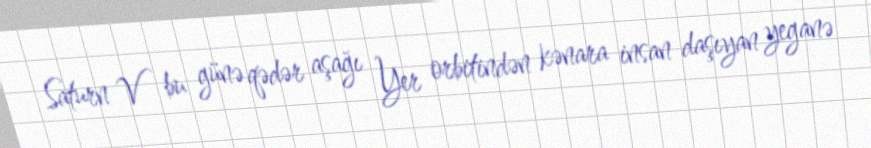
Saturn V bu günə qədər aşağı Yer orbitindən kənara insan daşıyan yeganə